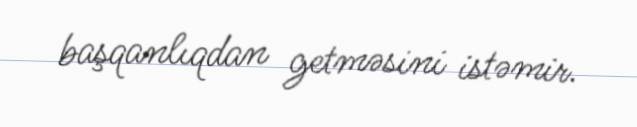
başqanlıqdan getməsini istəmir.